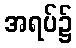
အရပ်၌